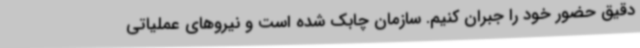
دقیق حضور خود را جبران کنیم. سازمان چابک شده است و نیروهای عملیاتی